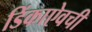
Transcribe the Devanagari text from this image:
डिंकाऐवची